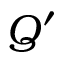
Q ^ { \prime }